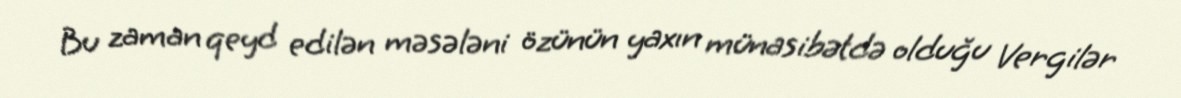
Bu zaman qeyd edilən məsələni özünün yaxın münasibətdə olduğu Vergilər